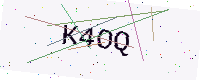
Text: K4OQ